Scientific memoirs by medical officers of the Army of India - Part X,
Year: 1897
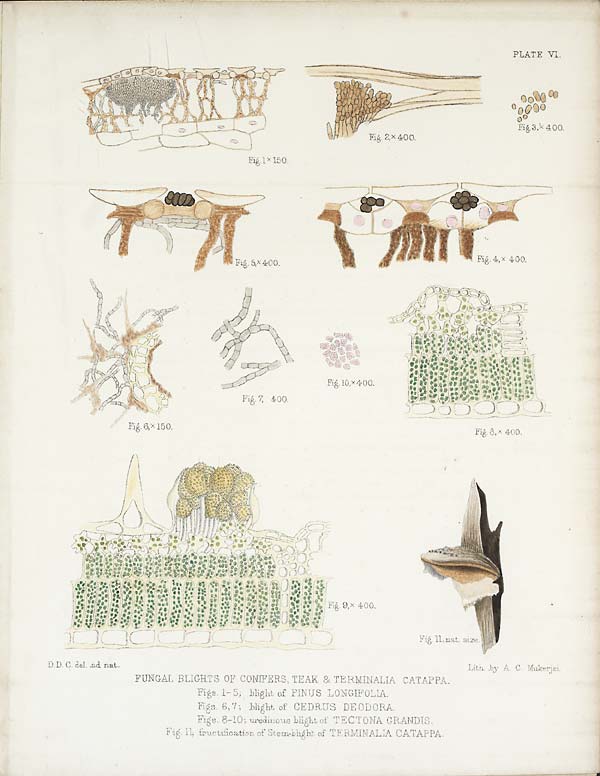
D.D.C. del. ad nat.
PLATE VI.
FUNGAL BLIGHTS OF CONIFERS, TEAK & TERMINALIA CATAPPA.
Figs. 1-5; blight of PIN US LONGIFOLIA.
Figs. 6,7; blight of CEDRUS DEODORA.
Fi gs . 8- 10; ur e di nous bl i ght of T E C T O N A GR ANDI S .
Fig. 11; fructification of Stem-blight of TERMINALIA CATAPPA.